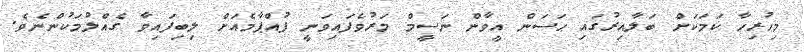
މިހުރިހާ ކަމަކަށް ބަލާއިރުގައި ޙަސަން އީވާން ނަސީމް މަރުވެފައިވަނީ ފުއްޕާމެއަށް ލިބިފައިވާ ގެއްލުމަކުންނެވެ.